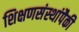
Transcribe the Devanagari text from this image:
शिक्षणसंस्थांपैकी